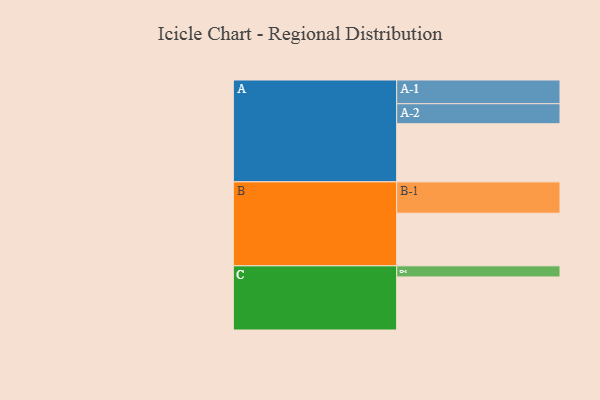
{"axis": {"x": "Segment", "y": "Value"}, "legend": ["", "A", "B", "C"], "data": [{"x": "A", "y": 549, "type": ""}, {"x": "B", "y": 497, "type": ""}, {"x": "C", "y": 501, "type": ""}, {"x": "A-1", "y": 224, "type": "A"}, {"x": "A-2", "y": 189, "type": "A"}, {"x": "B-1", "y": 296, "type": "B"}, {"x": "C-1", "y": 105, "type": "C"}]}